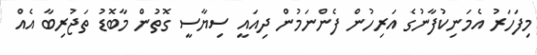
މިފަހަރު އެމަނިކުފާނުގެ އަރިހުން ފެންނަމުން ދިއައީ ސިޔާސީ ގޮތުން މާބޮޑު ތަޖުރިބާ އެއް